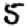
Digit: 5